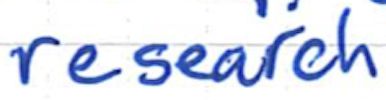
Text: research
Cross-out: clean
Writing tool: ballpoint